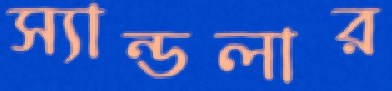
স্যান্ডলার